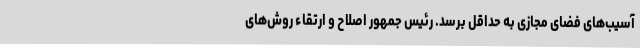
آسیب‌های فضای مجازی به حداقل برسد. رئیس جمهور اصلاح و ارتقاء روش‌های